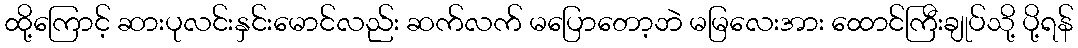
ထို့ကြောင့် ဆားပုလင်းနှင်းမောင်လည်း ဆက်လက် မပြောတော့ဘဲ မမြလေးအား ထောင်ကြီးချုပ်သို့ ပို့ရန်